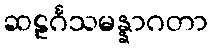
ဆဠင်္ဂသမန္နာဂတာ